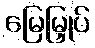
မြေမြှုပ်